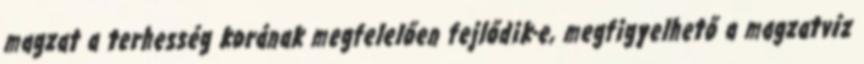
magzat a terhesség korának megfelelően fejlődik-e, megfigyelhető a magzatvíz